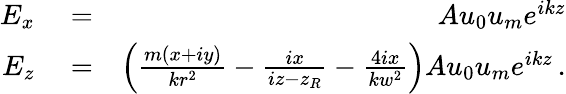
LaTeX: \begin{array}{rlr}{E_{x}}&{{}=}&{Au_{0}u_{m}e^{ikz}}\\ {E_{z}}&{{}=}&{\left(\frac{m(x+iy)}{kr^{2}}-\frac{ix}{iz-z_{R}}-\frac{4ix}{kw^{2}}\right)Au_{0}u_{m}e^{ikz}\, .}\end{array}